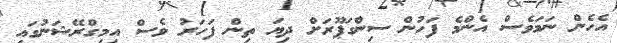
އެހެން ނަމަވެސް އެންމެ ފަހުން ސިންގަޕޫރަށް ދިޔަ ތިން ފަހަރު ވެސް އިިމިގްރޭޝަނުގައި